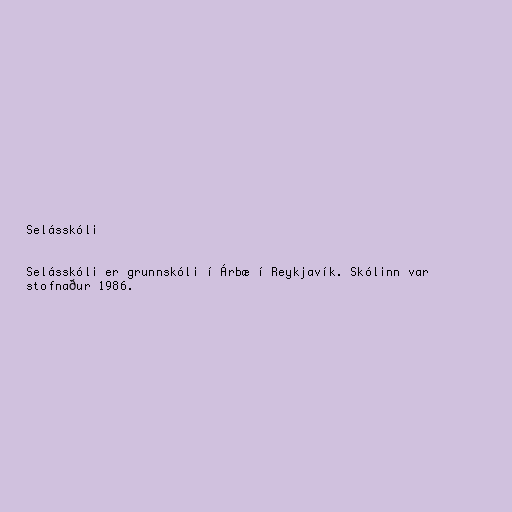
Selásskóli

Selásskóli er grunnskóli í Árbæ í Reykjavík. Skólinn var
stofnaður 1986.